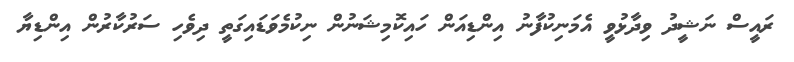
ރައީސް ނަޝީދު ވިދާޅުވީ އެމަނިކުފާނު އިންޑިއަން ހައިކޮމިޝަނުން ނިކުމެވަޑައިގަތީ ދިވެހި ސަރުކާރުން އިންޑިޔާ